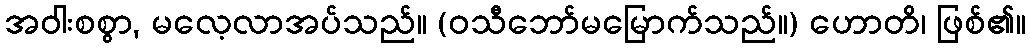
အဝါးစစွာ, မလေ့လာအပ်သည်။ (ဝသီဘော်မမြောက်သည်။) ဟောတိ၊ ဖြစ်၏။